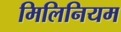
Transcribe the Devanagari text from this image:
मिलिनियम